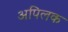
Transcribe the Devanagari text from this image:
अपिलक